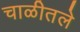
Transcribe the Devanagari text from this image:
चाळीतले